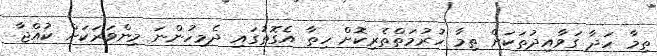
ތިމާ ހަދާ ގަވާއިދުތަކަށް ތިމާ ހުރުމަތްތެރިކޮށް ހިތާ އެގޮތުގައި ދެމިހުންނަ މިންވަރަކަށް ކުއްޖާ